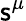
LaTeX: \mathsf{s}^{\mu}